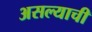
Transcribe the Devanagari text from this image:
असल्‍याची